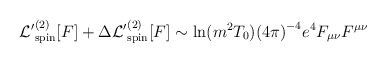
\begin{align*}{\cal L'}^{(2)}_{\rm spin}[F] + \Delta {\cal L'}^{(2)}_{\rm spin}[F]\sim {\rm ln}(m^2T_0){(4\pi)}^{-4}e^4F_{\mu\nu}F^{\mu\nu}\quad \end{align*}